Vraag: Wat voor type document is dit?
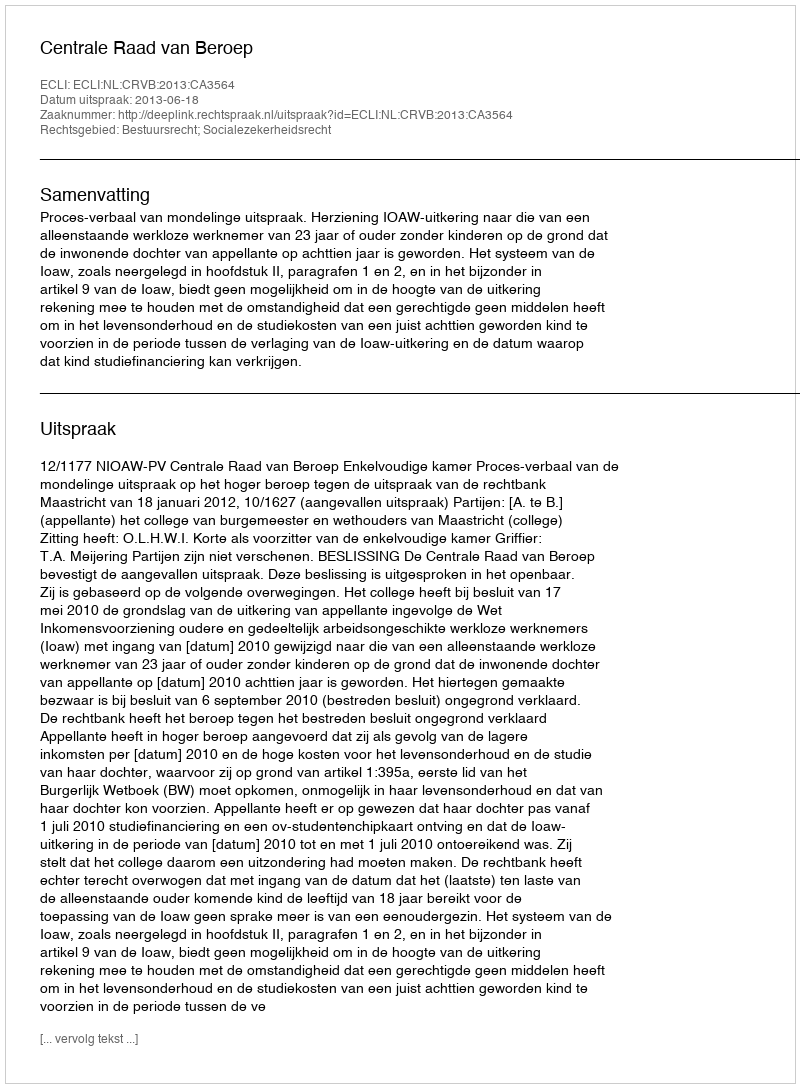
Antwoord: Uitspraak